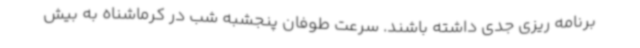
برنامه ریزی جدی داشته باشند. سرعت طوفان پنجشبه شب در کرماشناه به بیش